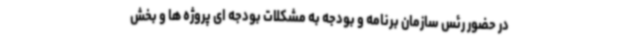
در حضور رئس سازمان برنامه و بودجه به مشکلات بودجه ای پروژه ها و بخش